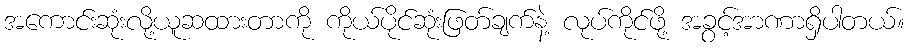
အကောင်းဆုံးလို့ယူဆထားတာကို ကိုယ်ပိုင်ဆုံးဖြတ်ချက်နဲ့ လုပ်ကိုင်ဖို့ အခွင့်အာဏာရှိပါတယ်။